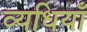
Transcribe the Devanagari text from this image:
व्यधियाँ